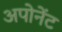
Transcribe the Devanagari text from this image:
अपोनेंट